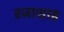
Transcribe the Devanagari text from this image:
रजाशाह